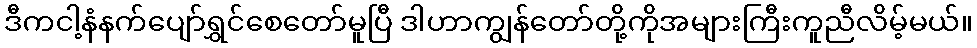
ဒီကငါ့နံနက်ပျော်ရွှင်စေတော်မူပြီ ဒါဟာကျွန်တော်တို့ကိုအများကြီးကူညီလိမ့်မယ်။